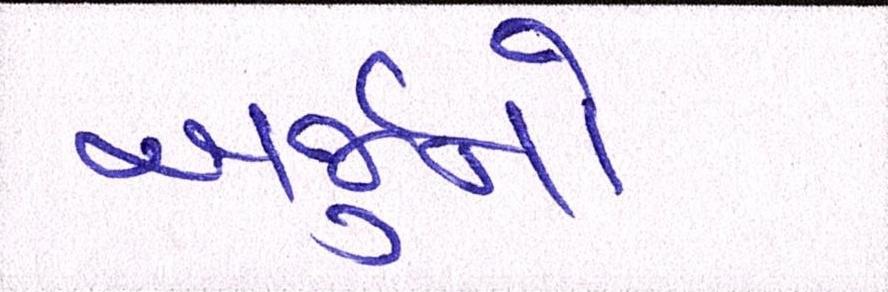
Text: અર્જુનો